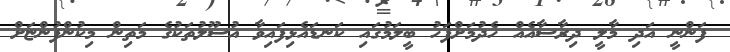
ފަންނީ އަދި މާލީ ދިރާސާއެއް ހެދުމަށްފަހު ބީލަމުގައި ކަނޑައެޅިފައިވާ އުސޫލުތަކުގެ މަތިން މިކުންފުންޏަށް